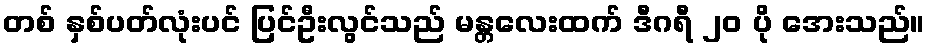
တစ် နှစ်ပတ်လုံးပင် ပြင်ဦးလွင်သည် မန္တလေးထက် ဒီဂရီ ၂၀ ပို အေးသည်။